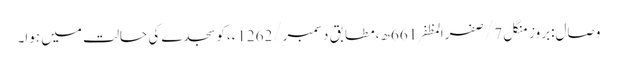
وصال:بروز منگل 7/صفرالمظفر661ھ،مطابق دسمبر/1262ء،کوسجدے کی حالت میں ہوا۔